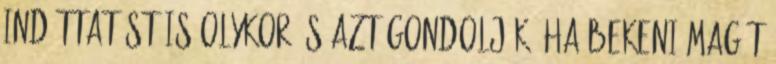
indíttatást is olykor és azt gondolják, ha bekeni magát